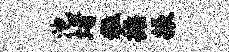
池堵粒操振